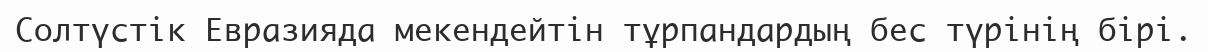
Солтүстік Евразияда мекендейтін тұрпандардың бес түрінің бірі.